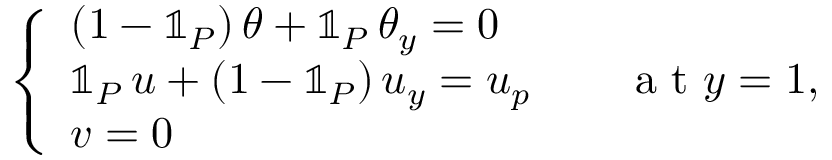
\left\{ \begin{array} { l l } { ( 1 - \mathbb { 1 } _ { P } ) \, \theta + \mathbb { 1 } _ { P } \, \theta _ { y } = 0 } \\ { \mathbb { 1 } _ { P } \, u + ( 1 - \mathbb { 1 } _ { P } ) \, u _ { y } = u _ { p } \quad \quad \mathrm { ~ a ~ t ~ } y = 1 , } \\ { v = 0 } \end{array} \right.